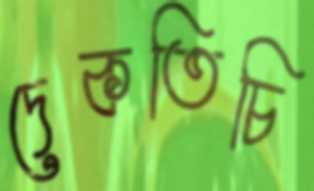
দেকতিচি